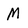
Character: M